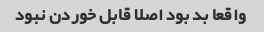
واقعا بد بود اصلا قابل خوردن نبود